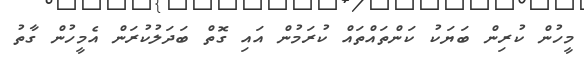
މީހުން ކުރިން ބަޔަކު ކަންތައްތައް ކުރަމުން އައި ގޮތް ބަދަލުކުރަން އެމީހުން ގާތު